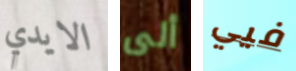
الايدي ألى فيي